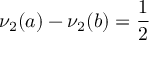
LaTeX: \nu _ { 2 } ( a ) - \nu _ { 2 } ( b ) = { \frac { 1 } { 2 } }